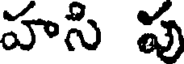
హసి పు